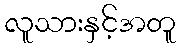
လူသားနှင့်အတူ